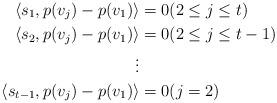
LaTeX: \begin{align*}\langle s_1, p(v_j)-p(v_1)\rangle&=0 (2\leq j\leq t) \\\langle s_2, p(v_j)-p(v_1)\rangle&=0 (2\leq j\leq t-1) \\\vdots & \\ \langle s_{t-1}, p(v_j)-p(v_1)\rangle&=0 (j=2)\end{align*}